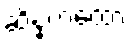
ဆိန္နကထော